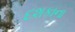
દશકાના